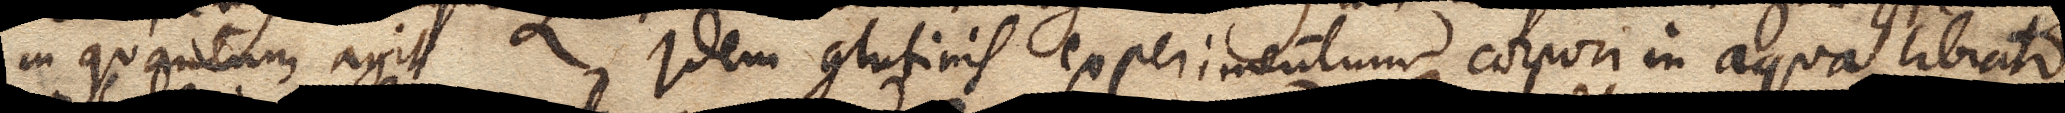
in quantum agit. Idem glutinis experimentum corpori in aqua librato